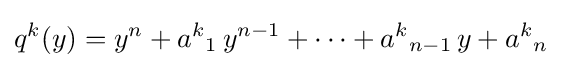
q^{k}(y)=y^{n}+{a^{k}}_{1}\,y^{n-1}+\cdots +{a^{k}}_{n-1}\,y+{a^{k}}_{n}